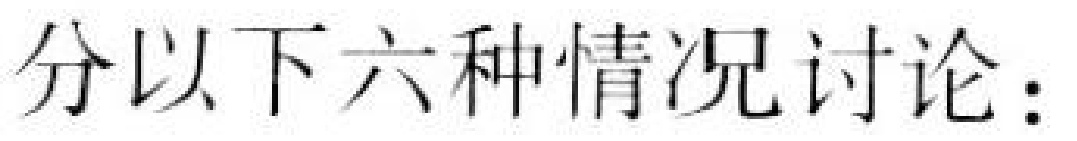
分以下六种情况讨论：